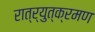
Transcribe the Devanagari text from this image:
रात्र्युत्क्रमण